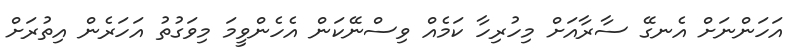
އަހަންނަށް އެނގޭ ސާރާއަށް މިހުރިހާ ކަމެއް ވިސްނޭކަން އެހެންވީމަ މިވަގުތު އަހަރެން އިތުރަށް